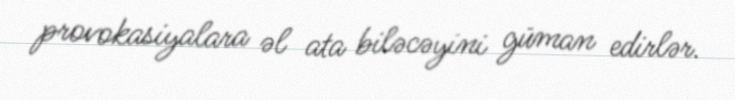
provokasiyalara əl ata biləcəyini güman edirlər.